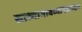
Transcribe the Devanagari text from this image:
साध्याभावव्यापकाभाव